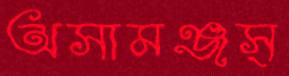
অসামঞ্জস্